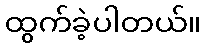
ထွက်ခဲ့ပါတယ်။